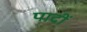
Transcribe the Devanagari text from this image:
पादीं